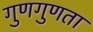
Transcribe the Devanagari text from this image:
गुणगुणता